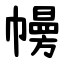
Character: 㡢